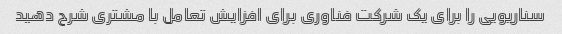
سناریویی را برای یک شرکت فناوری برای افزایش تعامل با مشتری شرح دهید